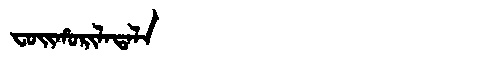
Manchu: ᠸᠣᡳᡥᠣᡵᡳᠯᠠᡨᠠᠯᠠ
Romanization: FOIHORILATALA